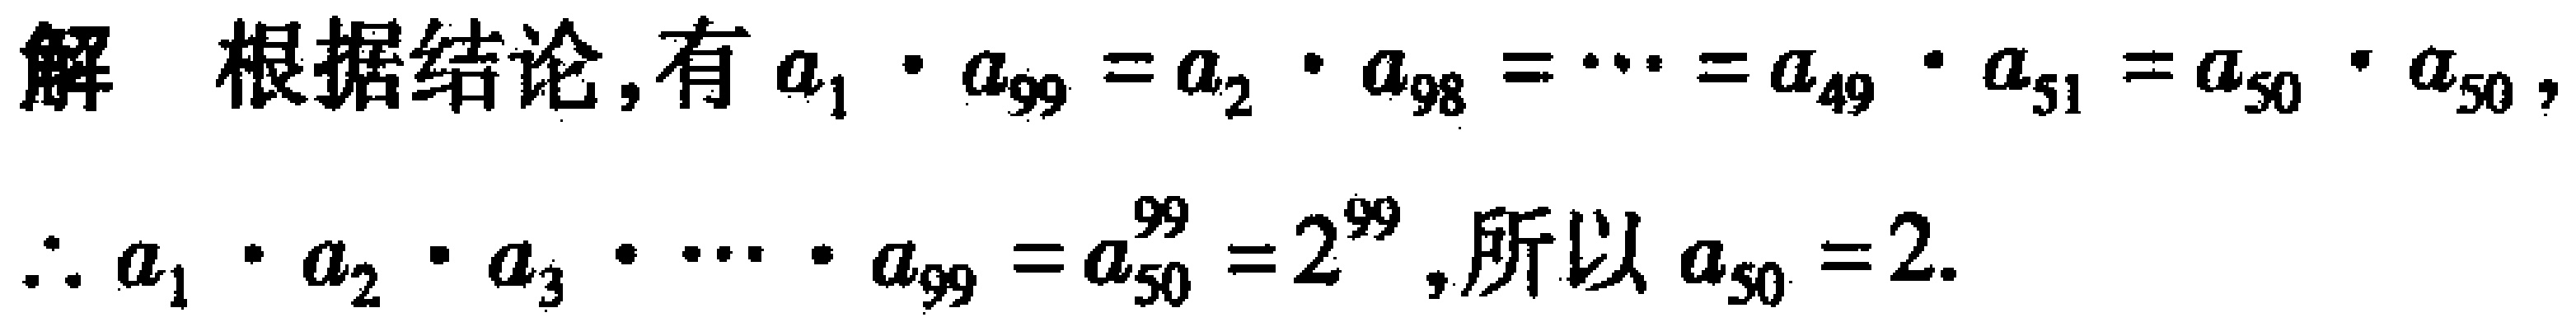
解 根据结论,有 \(a_{1}\cdot a_{99}=a_{2}\cdot a_{98}=\cdots =a_{49}\cdot a_{51}=a_{50}\cdot a_{50}\),
\(\therefore a_{1}\cdot a_{2}\cdot a_{3}\cdot\cdots\cdot a_{99}=a_{50}^{99}=2^{99}\),所以 \(a_{50}=2\).